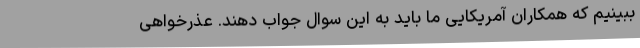
ببینیم که همکاران آمریکایی ما باید به این سوال جواب دهند. عذرخواهی